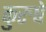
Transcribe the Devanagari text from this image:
कुरुषे